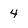
Character: 4